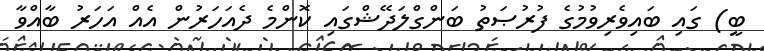
ބީ) ގައި ބައިވެރިވުމުގެ ފުރުޞަތު ބަންގްލަދޭޝްގައި ކޮންމެ ދެއަހަރުން އެއް އަހަރު ބާއްވާ